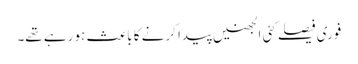
فوری فیصلے کئی الجھنیں پیدا کرنے کا باعث ہو رہے تھے۔